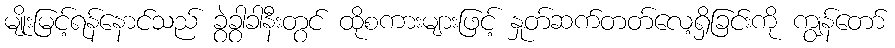
မျိုးမြင့်ရန်နောင်သည် ခွဲခွာခါနီးတွင် ထိုစကားများဖြင့် နှုတ်ဆက်တတ်လေ့ရှိခြင်းကို ကျွန်တော်